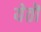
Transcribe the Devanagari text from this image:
येतॊ